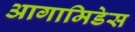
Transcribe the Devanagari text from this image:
आगामिडेस